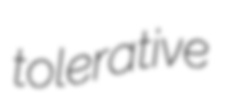
tolerative